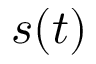
s ( t )